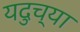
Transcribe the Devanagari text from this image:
यदुच्या